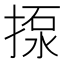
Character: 揼